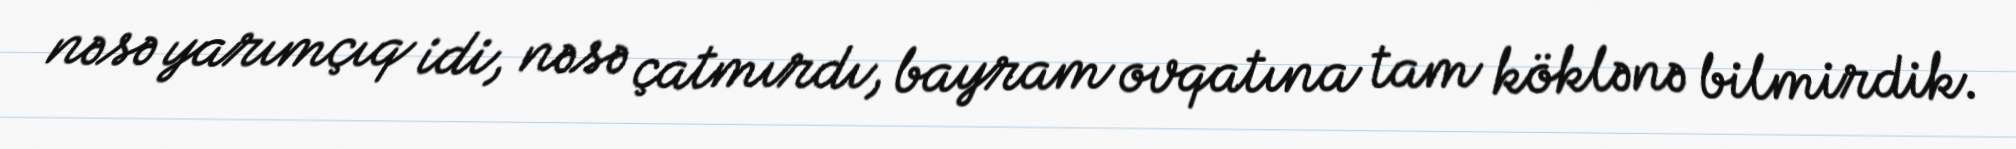
nəsə yarımçıq idi, nəsə çatmırdı, bayram ovqatına tam köklənə bilmirdik.